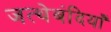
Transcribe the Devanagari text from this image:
जत्थेबंदियाँ